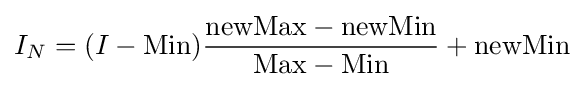
I_{N}=(I-{\text{Min}}){\frac {{\text{newMax}}-{\text{newMin}}}{{\text{Max}}-{\text{Min}}}}+{\text{newMin}}